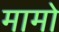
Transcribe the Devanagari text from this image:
मामो